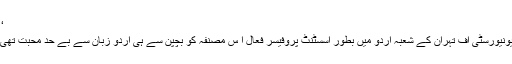
‘‘
یونیورسٹی آف تہران کے شعبہ اردو میں بطور اسسٹنٹ پروفیسر فعال ا س مصنفہ کو بچپن سے ہی اردو زبان سے بے حد محبت تھی۔